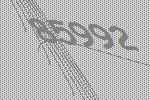
85992